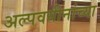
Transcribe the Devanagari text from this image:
अल्पवयीनांच्या